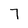
Character: 7